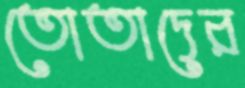
তোতাদের